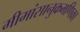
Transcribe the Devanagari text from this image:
मीमांसानुक्रमणिका